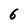
Character: 6